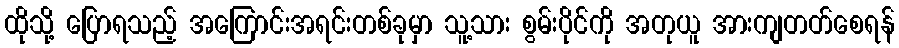
ထိုသို့ ပြောရသည့် အကြောင်းအရင်းတစ်ခုမှာ သူ့သား စွမ်းပိုင်ကို အတုယူ အားကျတတ်စေရန်